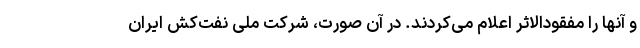
و آنها را مفقودالاثر اعلام می‌کردند. در آن صورت، شرکت ملی نفت‌کش ایران